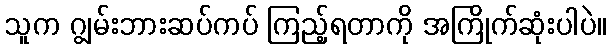
သူက ဂျွမ်းဘားဆပ်ကပ် ကြည့်ရတာကို အကြိုက်ဆုံးပါပဲ။